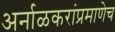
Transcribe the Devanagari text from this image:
अर्नाळकरांप्रमाणेच